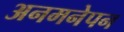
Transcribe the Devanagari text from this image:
अनमनेपन